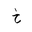
Letter: _kha